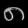
Digit: ၈